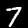
Label: 7